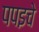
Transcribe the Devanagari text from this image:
पपइचे